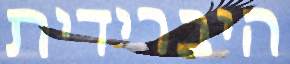
היברידית